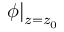
\left. \phi \right| _ { z = z _ { 0 } }